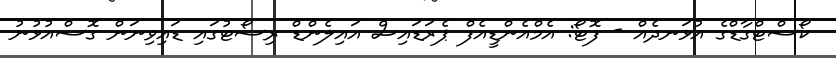
ކޯސްޓްގާޑްގެ އުޅަނދެއް - ފޮޓޯ: އެމްއެންޑީއެފް ޕެރަޑައިސް އައިލެންޑް ރިސޯޓުގައި ޑައިވިނަން ގޮސްއުޅުނު